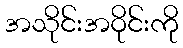
အသိုင်းအဝိုင်းကို